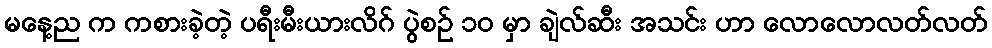
မနေ့ည က ကစားခဲ့တဲ့ ပရီးမီးယားလိဂ် ပွဲစဉ် ၁၀ မှာ ချဲလ်ဆီး အသင်း ဟာ လောလောလတ်လတ်